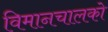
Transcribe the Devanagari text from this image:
विमानचालको